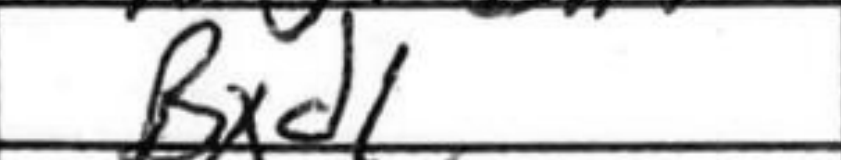
Transcription: Bxd1